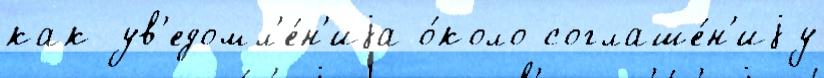
как ув'едомл'е́н'иjа о́коло соглаше́н'иjу